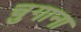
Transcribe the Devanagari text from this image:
चुगाना